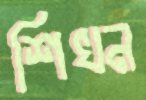
শিখন